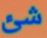
شئ